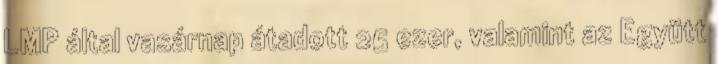
LMP által vasárnap átadott 25 ezer, valamint az Együtt